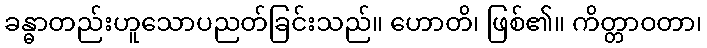
ခန္ဓာတည်းဟူသောပညတ်ခြင်းသည်။ ဟောတိ၊ ဖြစ်၏။ ကိတ္တာဝတာ၊